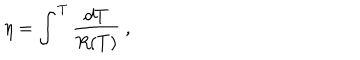
LaTeX: \eta = \int ^ { T } \frac { d T } { R ( T ) } ~ ,